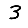
Digit: 3